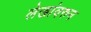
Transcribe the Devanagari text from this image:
लेखांवरुन